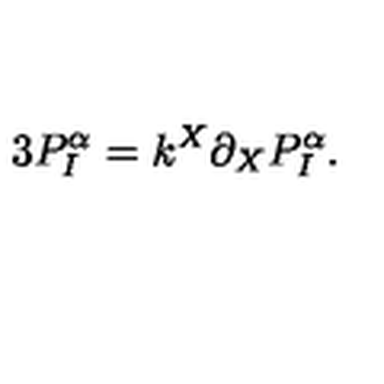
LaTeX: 3 P _ { I } ^ { \alpha } = k ^ { X } \partial _ { X } P _ { I } ^ { \alpha } .